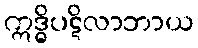
ဣဒ္ဓိပဋိလာဘာယ